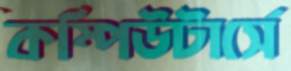
কম্পিউটার্সে